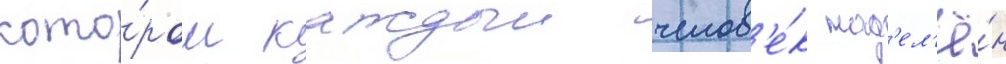
кото́ром каждыи челов'е́к над'ел'ё́н